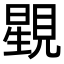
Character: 𧡶